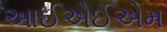
આઈએઈએમ